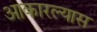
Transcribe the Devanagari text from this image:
आकारल्यास